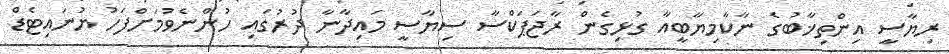
ރިޔާސީ އިންތިޚާބުގެ ނާކާމިޔާބީއާ ގުޅިގެން ރާޖަޕަކްސާ ސިޔާސީ މައިދާނާ ދުރުގައި ހުންނެވުމަށްފަހު ޔުނައިޓެޑް